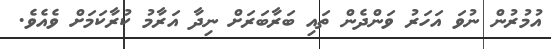
އުމުރުން ނުވަ އަހަރު ވަންދެން ތައި ބަރާބަރަށް ނިދާ އަރާމު ކުރާކަމަށް ވެއެވެ.